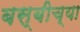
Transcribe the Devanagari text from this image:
बस्बीच्या